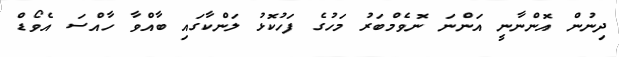
ދިނުން އޮންނާނީ އަންނަ ނޮވެމްބަރު މަހުގެ ފަހުކޮޅު ލަންކާގައި ބާއްވާ ހާއްސަ އެވޯޑް